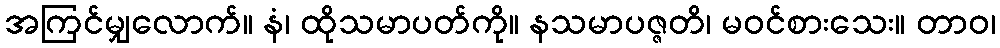
အကြင်မျှလောက်။ နံ၊ ထိုသမာပတ်ကို။ နသမာပဇ္ဇတိ၊ မဝင်စားသေး။ တာဝ၊